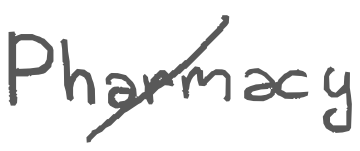
Text: Pharmacy
Cross-out: diagonal
Writing tool: digital_gray